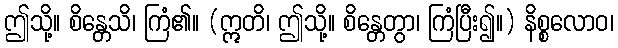
ဤသို့။ စိန္တေသိ၊ ကြံ၏။ (ဣတိ၊ ဤသို့။ စိန္တေတွာ၊ ကြံပြီး၍။) နိစ္စလောဝ၊